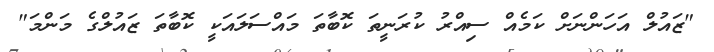
"ޒައުލް އަހަންނަށް ކަމެއް ސިއްރު ކުރަނީތަ ކޮބާތަ މައްސަލައަކީ ކޮބާތަ ޒައުލްގެ މަންމަ"